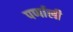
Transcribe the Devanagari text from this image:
पर्णाली